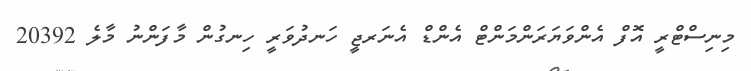
މިނިސްޓްރީ އޮފް އެންވަޔަރަންމަންޓް އެންޑް އެނަރޖީ ހަނދުވަރީ ހިނގުން މާފަންނު މާލެ 20392